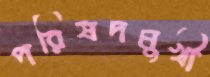
পরিষদমুখী